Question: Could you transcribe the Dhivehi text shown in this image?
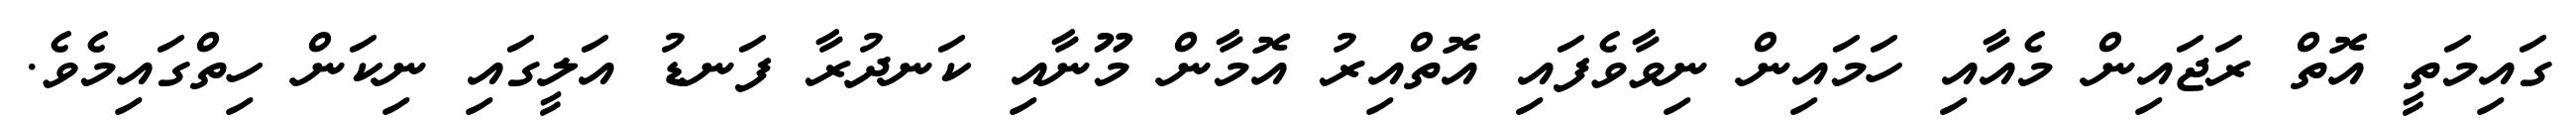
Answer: ގައިމަތީ އޮތް ރަޖައިން މެއާއި ހަމައިން ނިވާވެފައި އޮތްއިރު އޮމާން މޫނާއި ކަނދުރާ ފަނޑު އަލީގައި ނިކަން ހިތްގައިމެވެ.